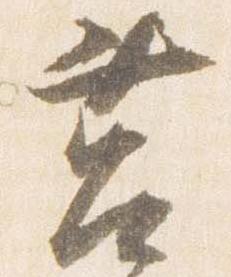
筥